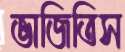
ভাজিতিস